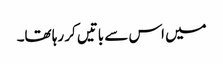
میں اس سے باتیں کر رہا تھا۔